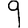
Digit: 9